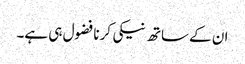
ان کے ساتھ نیکی کرنا فضول ہی ہے۔